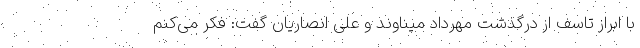
با ابراز تاسف از درگذشت مهرداد میناوند و علی انصاریان گفت:‌ فکر می‌کنم